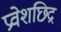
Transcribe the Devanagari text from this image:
प्रवेशछिद्र